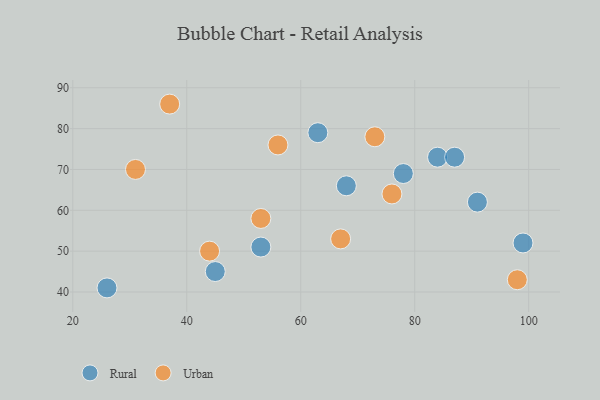
{"axis": {"x": "GDP", "y": "Life Expectancy"}, "legend": ["Rural", "Urban"], "data": [{"x": "84", "y": 73, "type": "Rural"}, {"x": "78", "y": 69, "type": "Rural"}, {"x": "63", "y": 79, "type": "Rural"}, {"x": "91", "y": 62, "type": "Rural"}, {"x": "99", "y": 52, "type": "Rural"}, {"x": "68", "y": 66, "type": "Rural"}, {"x": "53", "y": 51, "type": "Rural"}, {"x": "45", "y": 45, "type": "Rural"}, {"x": "26", "y": 41, "type": "Rural"}, {"x": "87", "y": 73, "type": "Rural"}, {"x": "53", "y": 58, "type": "Urban"}, {"x": "98", "y": 43, "type": "Urban"}, {"x": "73", "y": 78, "type": "Urban"}, {"x": "31", "y": 70, "type": "Urban"}, {"x": "76", "y": 64, "type": "Urban"}, {"x": "67", "y": 53, "type": "Urban"}, {"x": "37", "y": 86, "type": "Urban"}, {"x": "56", "y": 76, "type": "Urban"}, {"x": "44", "y": 50, "type": "Urban"}]}